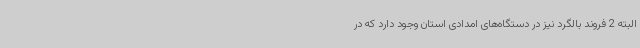
البته 2 فروند بالگرد نیز در دستگاه‌های امدادی استان وجود دارد که در